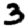
Digit: 3